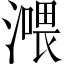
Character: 𣾿